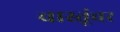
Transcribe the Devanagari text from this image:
वास्तूंवर